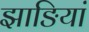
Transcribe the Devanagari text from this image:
झाङियां